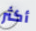
أكثر